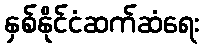
နှစ်နိုင်ငံဆက်ဆံရေး